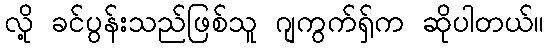
လို့ ခင်ပွန်းသည်ဖြစ်သူ ဂျကွက်ရှ်က ဆိုပါတယ်။